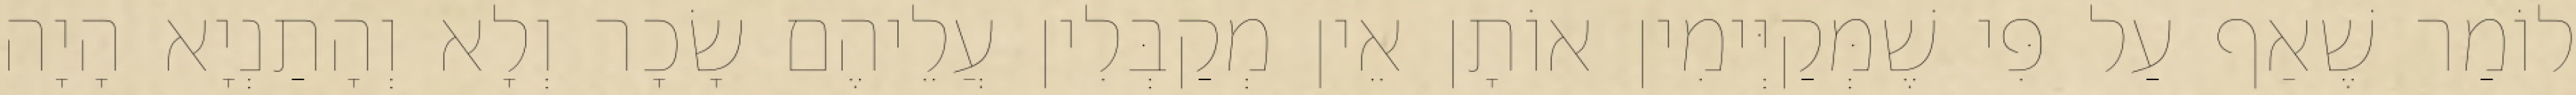
לוֹמַר שֶׁאַף עַל פִּי שֶׁמְּקַיְּימִין אוֹתָן אֵין מְקַבְּלִין עֲלֵיהֶם שָׂכָר וְלָא וְהָתַנְיָא הָיָה